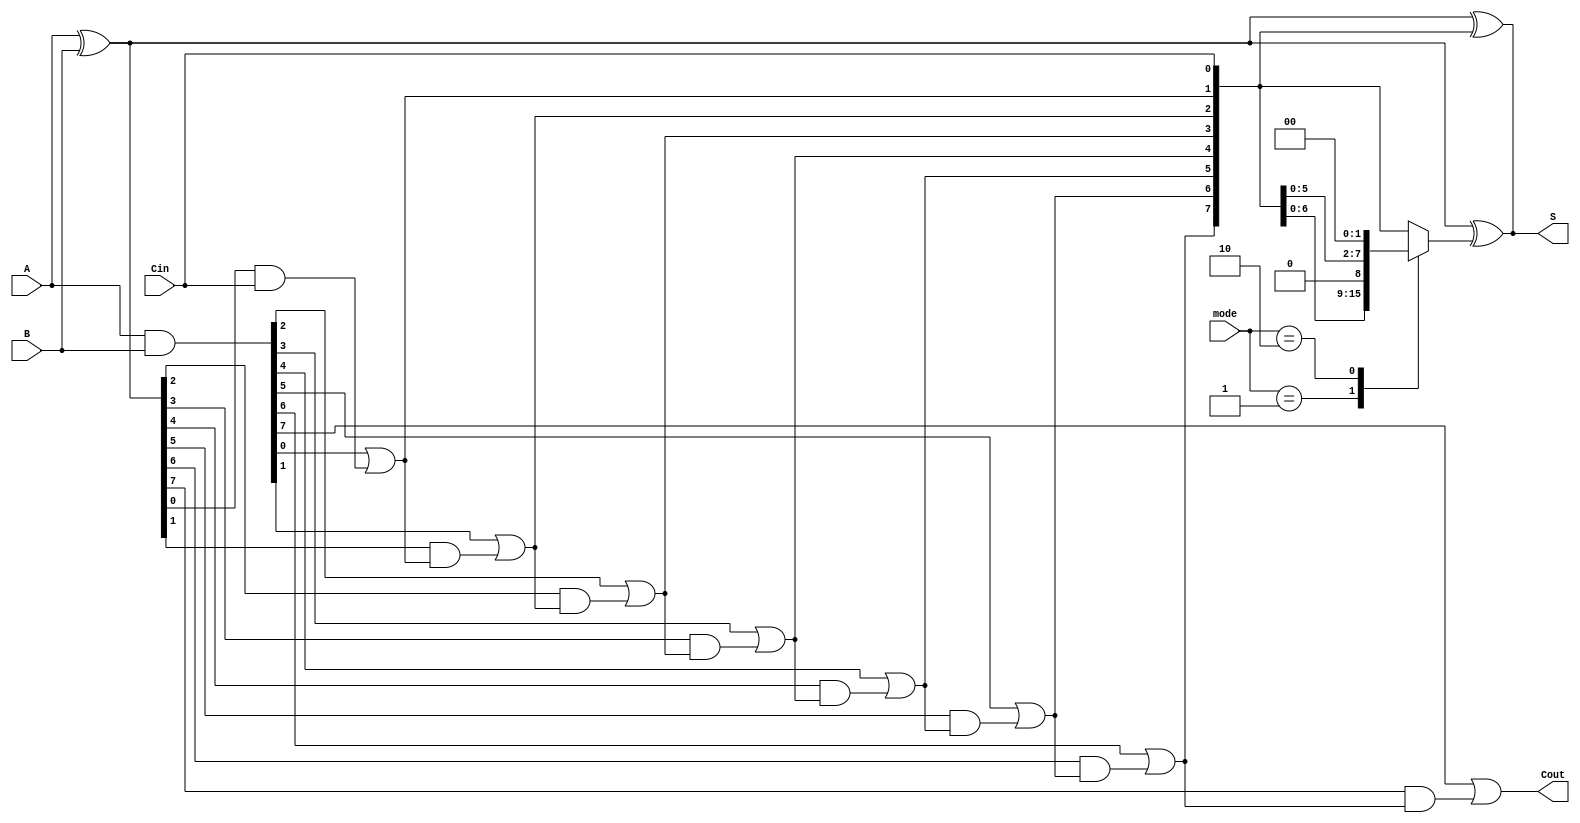
module VLCLA #(parameter N = 8) (
    input  wire [N-1:0] A,      // First operand
    input  wire [N-1:0] B,      // Second operand
    input  wire Cin,             // Carry-in
    input  wire [1:0] mode,      // Mode selection for variable latency
    output wire [N-1:0] S,       // Sum output
    output wire Cout             // Carry-out
);

    // Generate and propagate signals
    wire [N-1:0] G; // Generate
    wire [N-1:0] P; // Propagate
    wire [N:0] C;   // Carry signals

    // Generate and propagate logic
    assign G = A & B;           // G[i] = A[i] AND B[i]
    assign P = A ^ B;           // P[i] = A[i] XOR B[i]

    // Carry signal calculation
    assign C[0] = Cin;          // C[0] = Cin

    genvar i;
    generate
        for (i = 1; i <= N; i = i + 1) begin : carry_generation
            assign C[i] = G[i-1] | (P[i-1] & C[i-1]); // C[i] = G[i-1] OR (P[i-1] AND C[i-1])
        end
    endgenerate

    // Sum calculation
    assign S = P ^ C[N-1:0];    // S[i] = P[i] XOR C[i]

    // Output carry
    assign Cout = C[N];         // Cout = C[n]

    // Variable latency control (simple example)
    // For demonstration, we can switch between fast, medium, and slow modes
    // This is a placeholder for more complex latency control logic
    wire [N:0] C_selected;

    always @(*) begin
        case (mode)
            2'b00: C_selected = C;          // Fast mode
            2'b01: C_selected = {C[N-1:0], 1'b0}; // Medium mode (example)
            2'b10: C_selected = {C[N-1:0], 2'b00}; // Slow mode (example)
            default: C_selected = C;
        endcase
    end

    // Update sum based on selected carry (for variable latency)
    assign S = P ^ C_selected[N-1:0]; // Use selected carry for sum calculation

endmodule